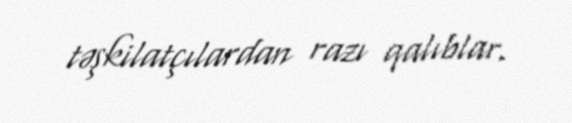
təşkilatçılardan razı qalıblar.